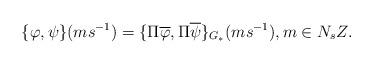
LaTeX: \begin{align*}\{\varphi ,\psi \}(ms^{-1})=\{\Pi\overline{\varphi},\Pi\overline{\psi}\}_{G_*}(ms^{-1}), m\in N_sZ.\end{align*}